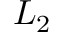
L _ { 2 }